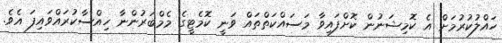
ހައްލުކުރުމަށް އެ ކޮމިޝަނުން ކޮށްފައިވާ މަސައްކަތްތައް ވަނީ ކޮމެޓީގެ މެމްބަރުންނާ ހިއްސާކުރައްވައިފަ އެވެ.